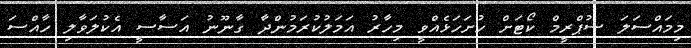
މިމައްސަލަ ސުޕްރީމް ކޯޓަށް ހުށަހަޅެއްވީ މިހާރު އަމަލުކުރަމުންދާ ގާނޫނު އަސާސީ އެކުލަވާލި ހާއްސަ